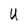
Character: U